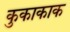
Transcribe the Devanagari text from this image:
कुकाकाक